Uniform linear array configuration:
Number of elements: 16
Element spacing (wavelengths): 0.5
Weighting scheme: exponential
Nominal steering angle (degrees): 0
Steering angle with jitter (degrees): -1.336
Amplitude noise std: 0.05
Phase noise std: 0.05

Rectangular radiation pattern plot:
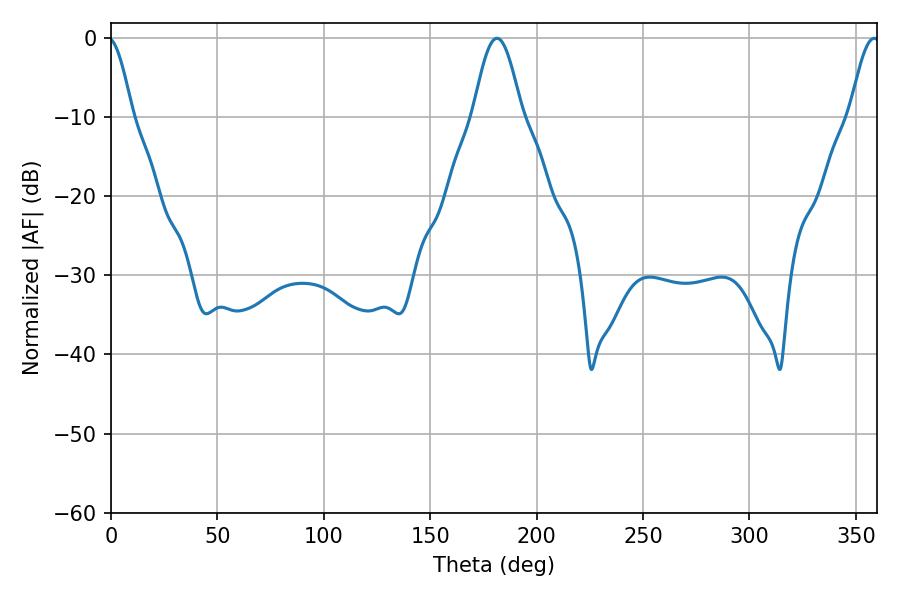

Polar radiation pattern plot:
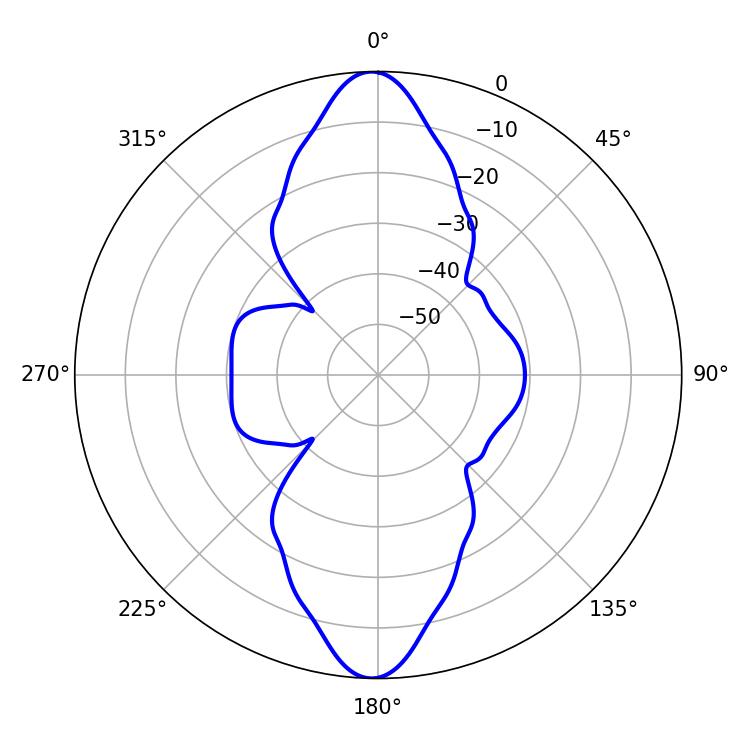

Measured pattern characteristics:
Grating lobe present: FALSE
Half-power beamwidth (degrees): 7.56
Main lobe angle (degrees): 358.56